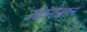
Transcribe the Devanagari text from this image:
उद्यानावरुन